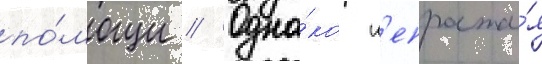
по́мощи // Одна́ко н'епроста́я